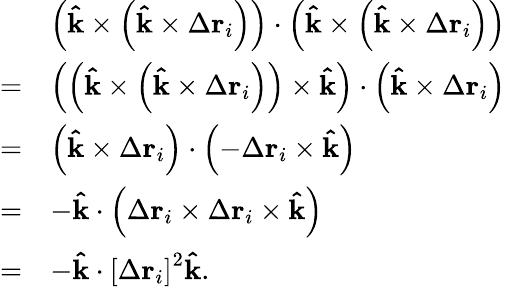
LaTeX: {\begin{array}{rl}&{\left(\mathbf{\hat{k}}\times\left(\mathbf{\hat{k}}\times\Delta\mathbf{r}_{i}\right)\right)\cdot\left(\mathbf{\hat{k}}\times\left(\mathbf{\hat{k}}\times\Delta\mathbf{r}_{i}\right)\right)}\\ {=}&{\left(\left(\mathbf{\hat{k}}\times\left(\mathbf{\hat{k}}\times\Delta\mathbf{r}_{i}\right)\right)\times\mathbf{\hat{k}}\right)\cdot\left(\mathbf{\hat{k}}\times\Delta\mathbf{r}_{i}\right)}\\ {=}&{\left(\mathbf{\hat{k}}\times\Delta\mathbf{r}_{i}\right)\cdot\left(-\Delta\mathbf{r}_{i}\times\mathbf{\hat{k}}\right)}\\ {=}&{-\mathbf{\hat{k}}\cdot\left(\Delta\mathbf{r}_{i}\times\Delta\mathbf{r}_{i}\times\mathbf{\hat{k}}\right)}\\ {=}&{-\mathbf{\hat{k}}\cdot\left[\Delta\mathbf{r}_{i}\right]^{2}\mathbf{\hat{k}}.}\end{array}}